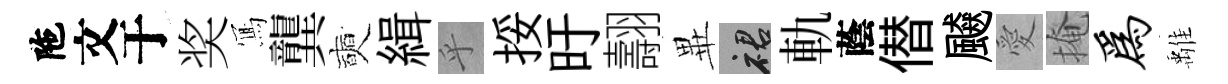
陁文于奖𭂁龔奭緝乎挼旴翿𭺾裙軌蔭僣飇愛掩为𩀌